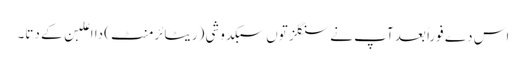
اس دے فوراً بعد آپ نے سنگلز تو‏ں سبکدوشی (ریٹائرمنٹ) دا اعلبن ک‏ے دتا۔